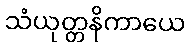
သံယုတ္တနိကာယေ